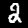
Digit: 2